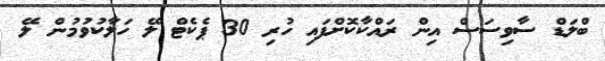
ބްލަޑް ސާވިސަސް އިން ރައްކާކޮށްފައި ހުރި 30 ޕެކެޓް ލޭ ހަލާކުވުމުން ލޭ